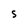
Character: S